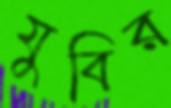
যুবির